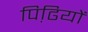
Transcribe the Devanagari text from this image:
पिढि़यों